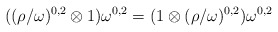
\begin{align*}((\rho/\omega)^{0,2} \otimes 1) \omega^{0,2} = (1 \otimes (\rho/\omega)^{0,2}) \omega^{0,2}\end{align*}